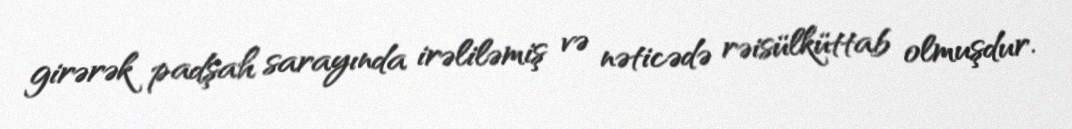
girərək padşah sarayında irəliləmiş və nəticədə rəisülküttab olmuşdur.